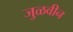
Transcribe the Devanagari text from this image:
जुळवीन